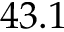
4 3 . 1